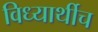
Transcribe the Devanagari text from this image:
विध्यार्थीच